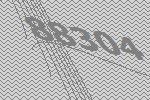
88304